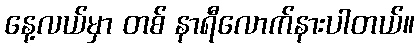
နေ့လယ်မှာ တစ် နာရီလောက်နားပါတယ်။